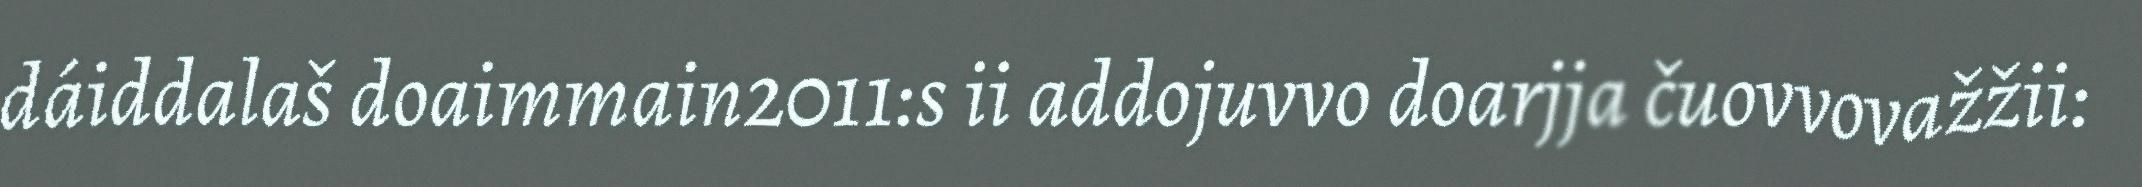
dáiddalaš doaimmain2011:s ii addojuvvo doarjja čuovvovažžii: